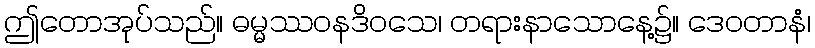
ဤတောအုပ်သည်။ ဓမ္မဿဝနဒိဝသေ၊ တရားနာသောနေ့၌။ ဒေဝတာနံ၊